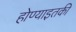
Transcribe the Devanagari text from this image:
होण्याइतकी